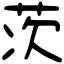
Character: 茨